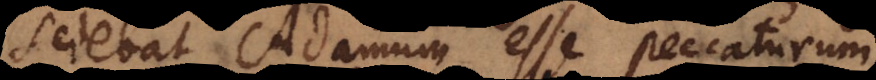
sciebat Adamum esse peccaturum.